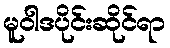
မူဝါဒပိုင်းဆိုင်ရာ